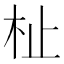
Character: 杫